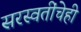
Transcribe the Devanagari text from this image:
सरस्वतींचेही